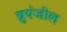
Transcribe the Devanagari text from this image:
ब्रुयंजील